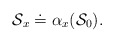
\begin{align*}{\cal S}_x \doteq \alpha_x ( {\cal S}_0).\end{align*}